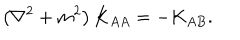
LaTeX: \left( \nabla ^ { 2 } + m ^ { 2 } \right) K _ { A A } = - K _ { A B } .